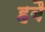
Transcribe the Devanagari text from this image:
हबै